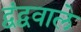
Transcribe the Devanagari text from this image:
द्वंद्ववाले